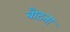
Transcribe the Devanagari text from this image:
बौठता